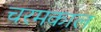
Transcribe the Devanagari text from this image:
चरमकाल